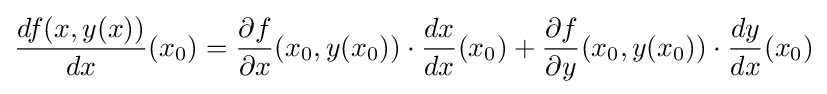
{\frac {df(x,y(x))}{dx}}(x_{0})={\frac {\partial f}{\partial x}}(x_{0},y(x_{0}))\cdot {\frac {dx}{dx}}(x_{0})+{\frac {\partial f}{\partial y}}(x_{0},y(x_{0}))\cdot {\frac {dy}{dx}}(x_{0})